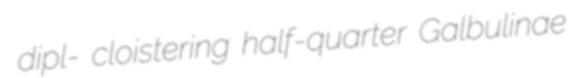
dipl- cloistering half-quarter Galbulinae